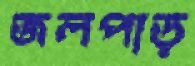
জলপাড়